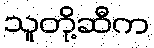
သူတို့ဆီက